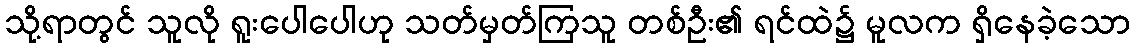
သို့ရာတွင် သူလို ရူးပေါပေါဟု သတ်မှတ်ကြသူ တစ်ဦး၏ ရင်ထဲ၌ မူလက ရှိနေခဲ့သော